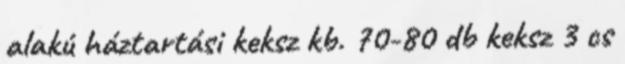
alakú háztartási keksz kb. 70-80 db keksz 3 cs